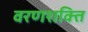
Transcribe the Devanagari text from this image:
वरणशक्ति